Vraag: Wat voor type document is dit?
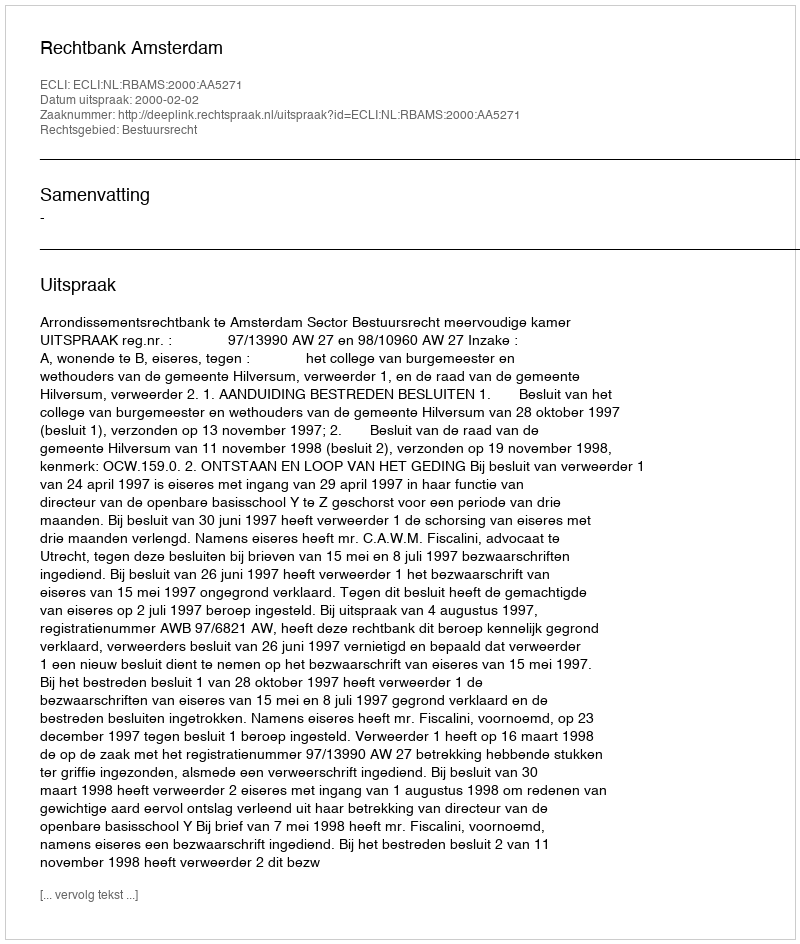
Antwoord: Uitspraak